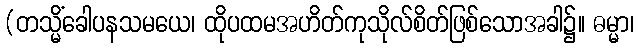
(တသ္မိံခေါပနသမယေ၊ ထိုပထမအဟိတ်ကုသိုလ်စိတ်ဖြစ်သောအခါ၌။ ဓမ္မာ၊